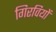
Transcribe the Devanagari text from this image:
गिरवियों